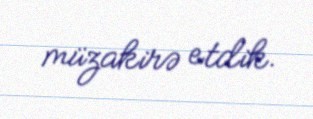
müzakirə etdik.